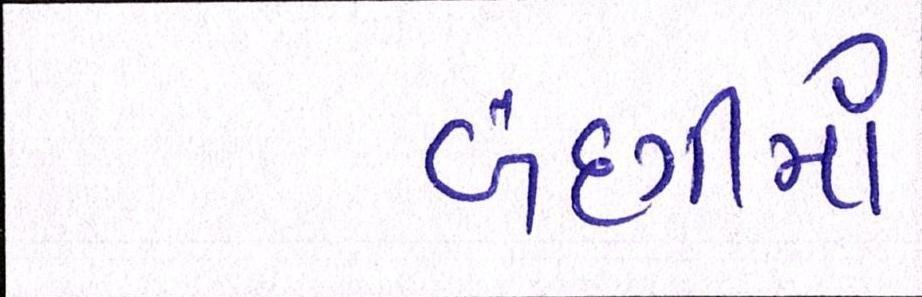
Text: બંદગીમાં